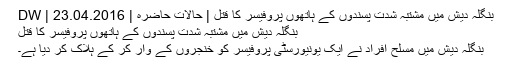
بنگلہ دیش میں مشتبہ شدت پسندوں کے ہاتھوں پروفیسر کا قتل | حالات حاضرہ | DW | 23.04.2016
بنگلہ دیش میں مشتبہ شدت پسندوں کے ہاتھوں پروفیسر کا قتل
بنگلہ دیش میں مسلح افراد نے ایک یونیورسٹی پروفیسر کو خنجروں کے وار کر کے ہلاک کر دیا ہے۔